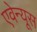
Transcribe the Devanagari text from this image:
एवेन्यूस